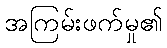
အကြမ်းဖက်မှု၏